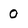
Character: O